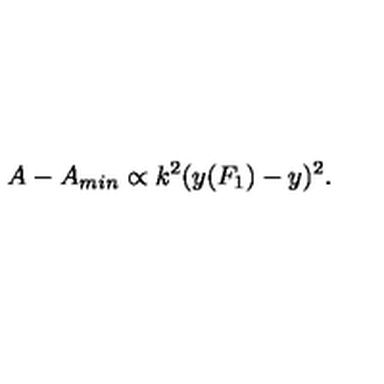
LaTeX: A - A _ { m i n } \propto k ^ { 2 } ( y ( F _ { 1 } ) - y ) ^ { 2 } .